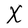
Character: X